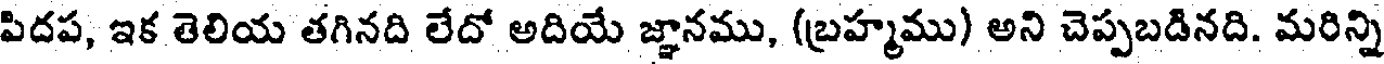
పిదప, ఇక తెలియ తగినది లేదో అదియే జ్ఞానము, (బ్రహ్మము) అని చెప్పబడినది. మరిన్ని